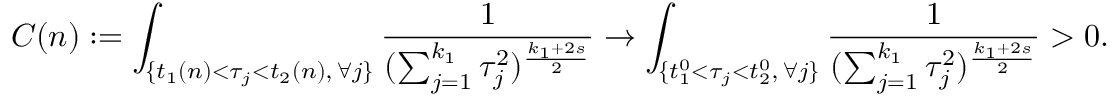
C ( n ) : = \int _ { \{ t _ { 1 } ( n ) < \tau _ { j } < t _ { 2 } ( n ) , \, \forall j \} } \frac { 1 } { ( \sum _ { j = 1 } ^ { k _ { 1 } } \tau _ { j } ^ { 2 } ) ^ { \frac { k _ { 1 } + 2 s } { 2 } } } \to \int _ { \{ t _ { 1 } ^ { 0 } < \tau _ { j } < t _ { 2 } ^ { 0 } , \, \forall j \} } \frac { 1 } { ( \sum _ { j = 1 } ^ { k _ { 1 } } \tau _ { j } ^ { 2 } ) ^ { \frac { k _ { 1 } + 2 s } { 2 } } } > 0 .